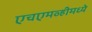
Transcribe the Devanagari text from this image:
एचएमव्हीमध्ये